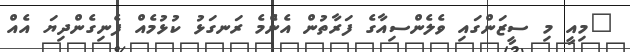
"މިއީ މި ސީޒަންގައި ވެލެންސިއާގެ ފަރާތުން އެންެމެ ރަނގަޅު ކުޅުމެއް ފެނިގެންދިޔަ އެއް